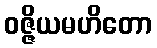
ဝဇ္ဇိယမဟိတော